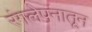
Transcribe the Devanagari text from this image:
रंगलेपनातून